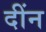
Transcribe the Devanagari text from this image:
दींन